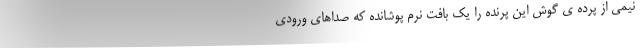
نیمی از پرده ی گوش این پرنده را یک بافت نرم پوشانده که صداهای ورودی